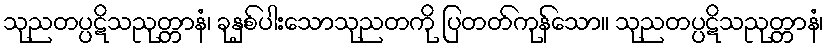
သုညတပ္ပဋိသညုတ္တာနံ၊ ခုနှစ်ပါးသောသုညတကို ပြတတ်ကုန်သော။ သုညတပ္ပဋိသညုတ္တာနံ၊